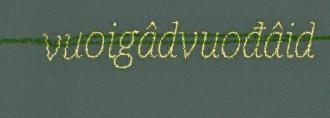
vuoigâdvuođâid